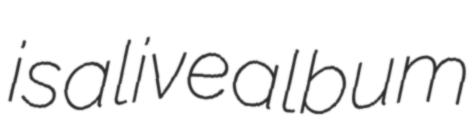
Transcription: is a live album